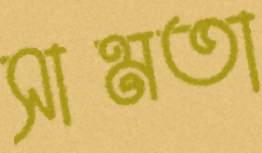
সামতা